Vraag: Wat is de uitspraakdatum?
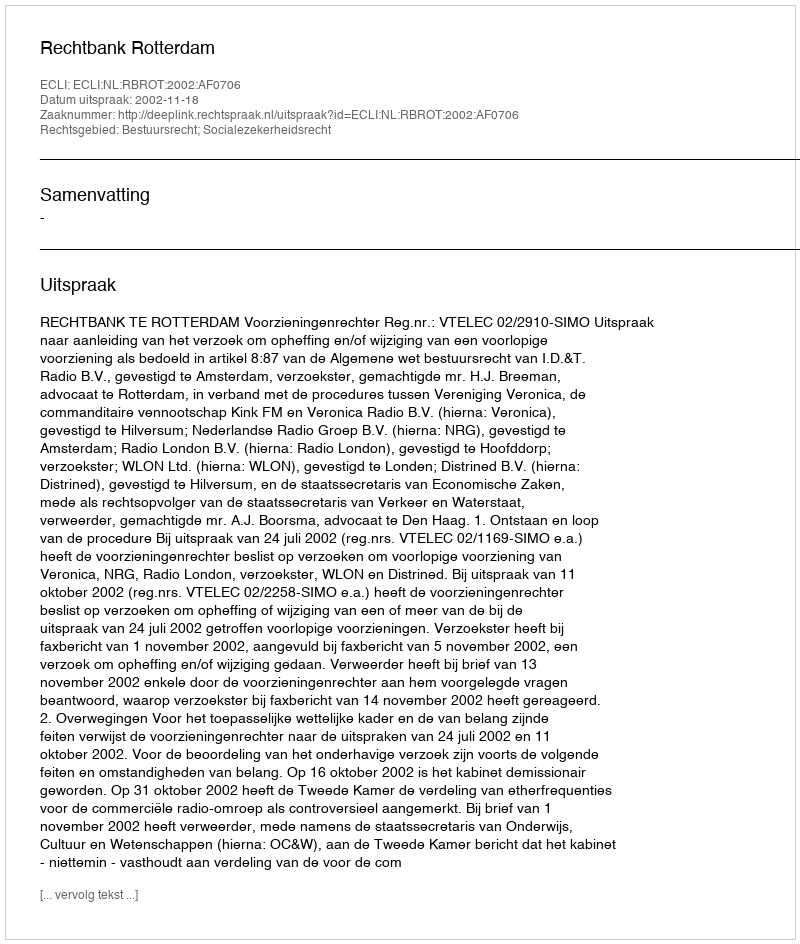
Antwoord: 2002-11-18